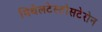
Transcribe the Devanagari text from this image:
मिथेलटेस्टोसटेरोन